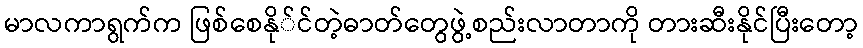
မာလကာရွက်က ဖြစ်စေနို်င်တဲ့ဓာတ်တွေဖွဲ့စည်းလာတာကို တားဆီးနိုင်ပြီးတော့